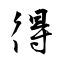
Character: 得